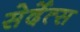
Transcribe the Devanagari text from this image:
सेर्देत्स